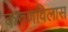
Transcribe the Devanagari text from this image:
करुणविलास